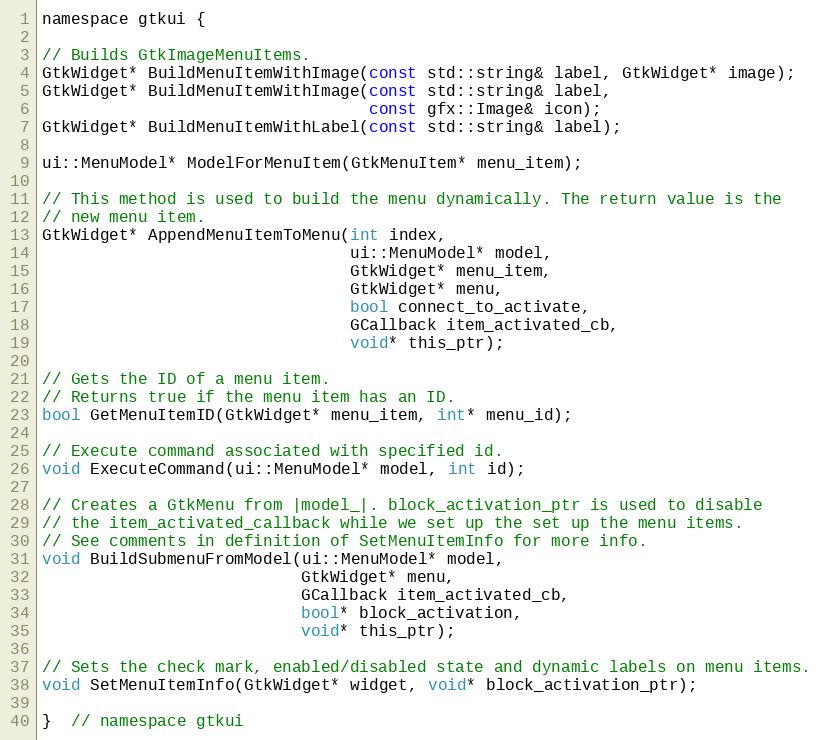
Language: C
namespace gtkui {

// Builds GtkImageMenuItems.
GtkWidget* BuildMenuItemWithImage(const std::string& label, GtkWidget* image);
GtkWidget* BuildMenuItemWithImage(const std::string& label,
                                  const gfx::Image& icon);
GtkWidget* BuildMenuItemWithLabel(const std::string& label);

ui::MenuModel* ModelForMenuItem(GtkMenuItem* menu_item);

// This method is used to build the menu dynamically. The return value is the
// new menu item.
GtkWidget* AppendMenuItemToMenu(int index,
                                ui::MenuModel* model,
                                GtkWidget* menu_item,
                                GtkWidget* menu,
                                bool connect_to_activate,
                                GCallback item_activated_cb,
                                void* this_ptr);

// Gets the ID of a menu item.
// Returns true if the menu item has an ID.
bool GetMenuItemID(GtkWidget* menu_item, int* menu_id);

// Execute command associated with specified id.
void ExecuteCommand(ui::MenuModel* model, int id);

// Creates a GtkMenu from |model_|. block_activation_ptr is used to disable
// the item_activated_callback while we set up the set up the menu items.
// See comments in definition of SetMenuItemInfo for more info.
void BuildSubmenuFromModel(ui::MenuModel* model,
                           GtkWidget* menu,
                           GCallback item_activated_cb,
                           bool* block_activation,
                           void* this_ptr);

// Sets the check mark, enabled/disabled state and dynamic labels on menu items.
void SetMenuItemInfo(GtkWidget* widget, void* block_activation_ptr);

}  // namespace gtkui